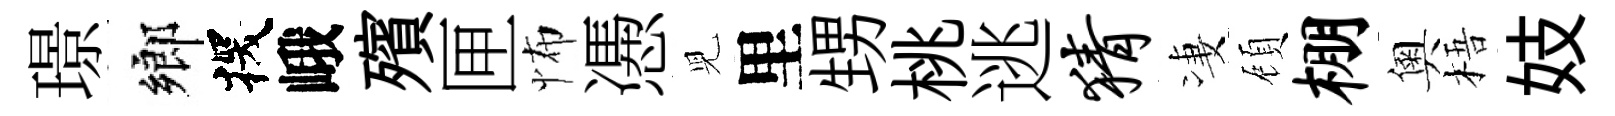
璟鄉探峨殯匣怖慿児里甥桃逃猜凄頋棚奧梧妓